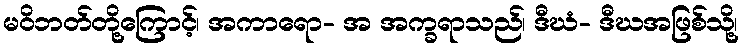
မဝိဘတ်တို့ကြောင့်၊ အကာရော- အ အက္ခရာသည်၊ ဒီဃံ- ဒီဃအဖြစ်သို့၊